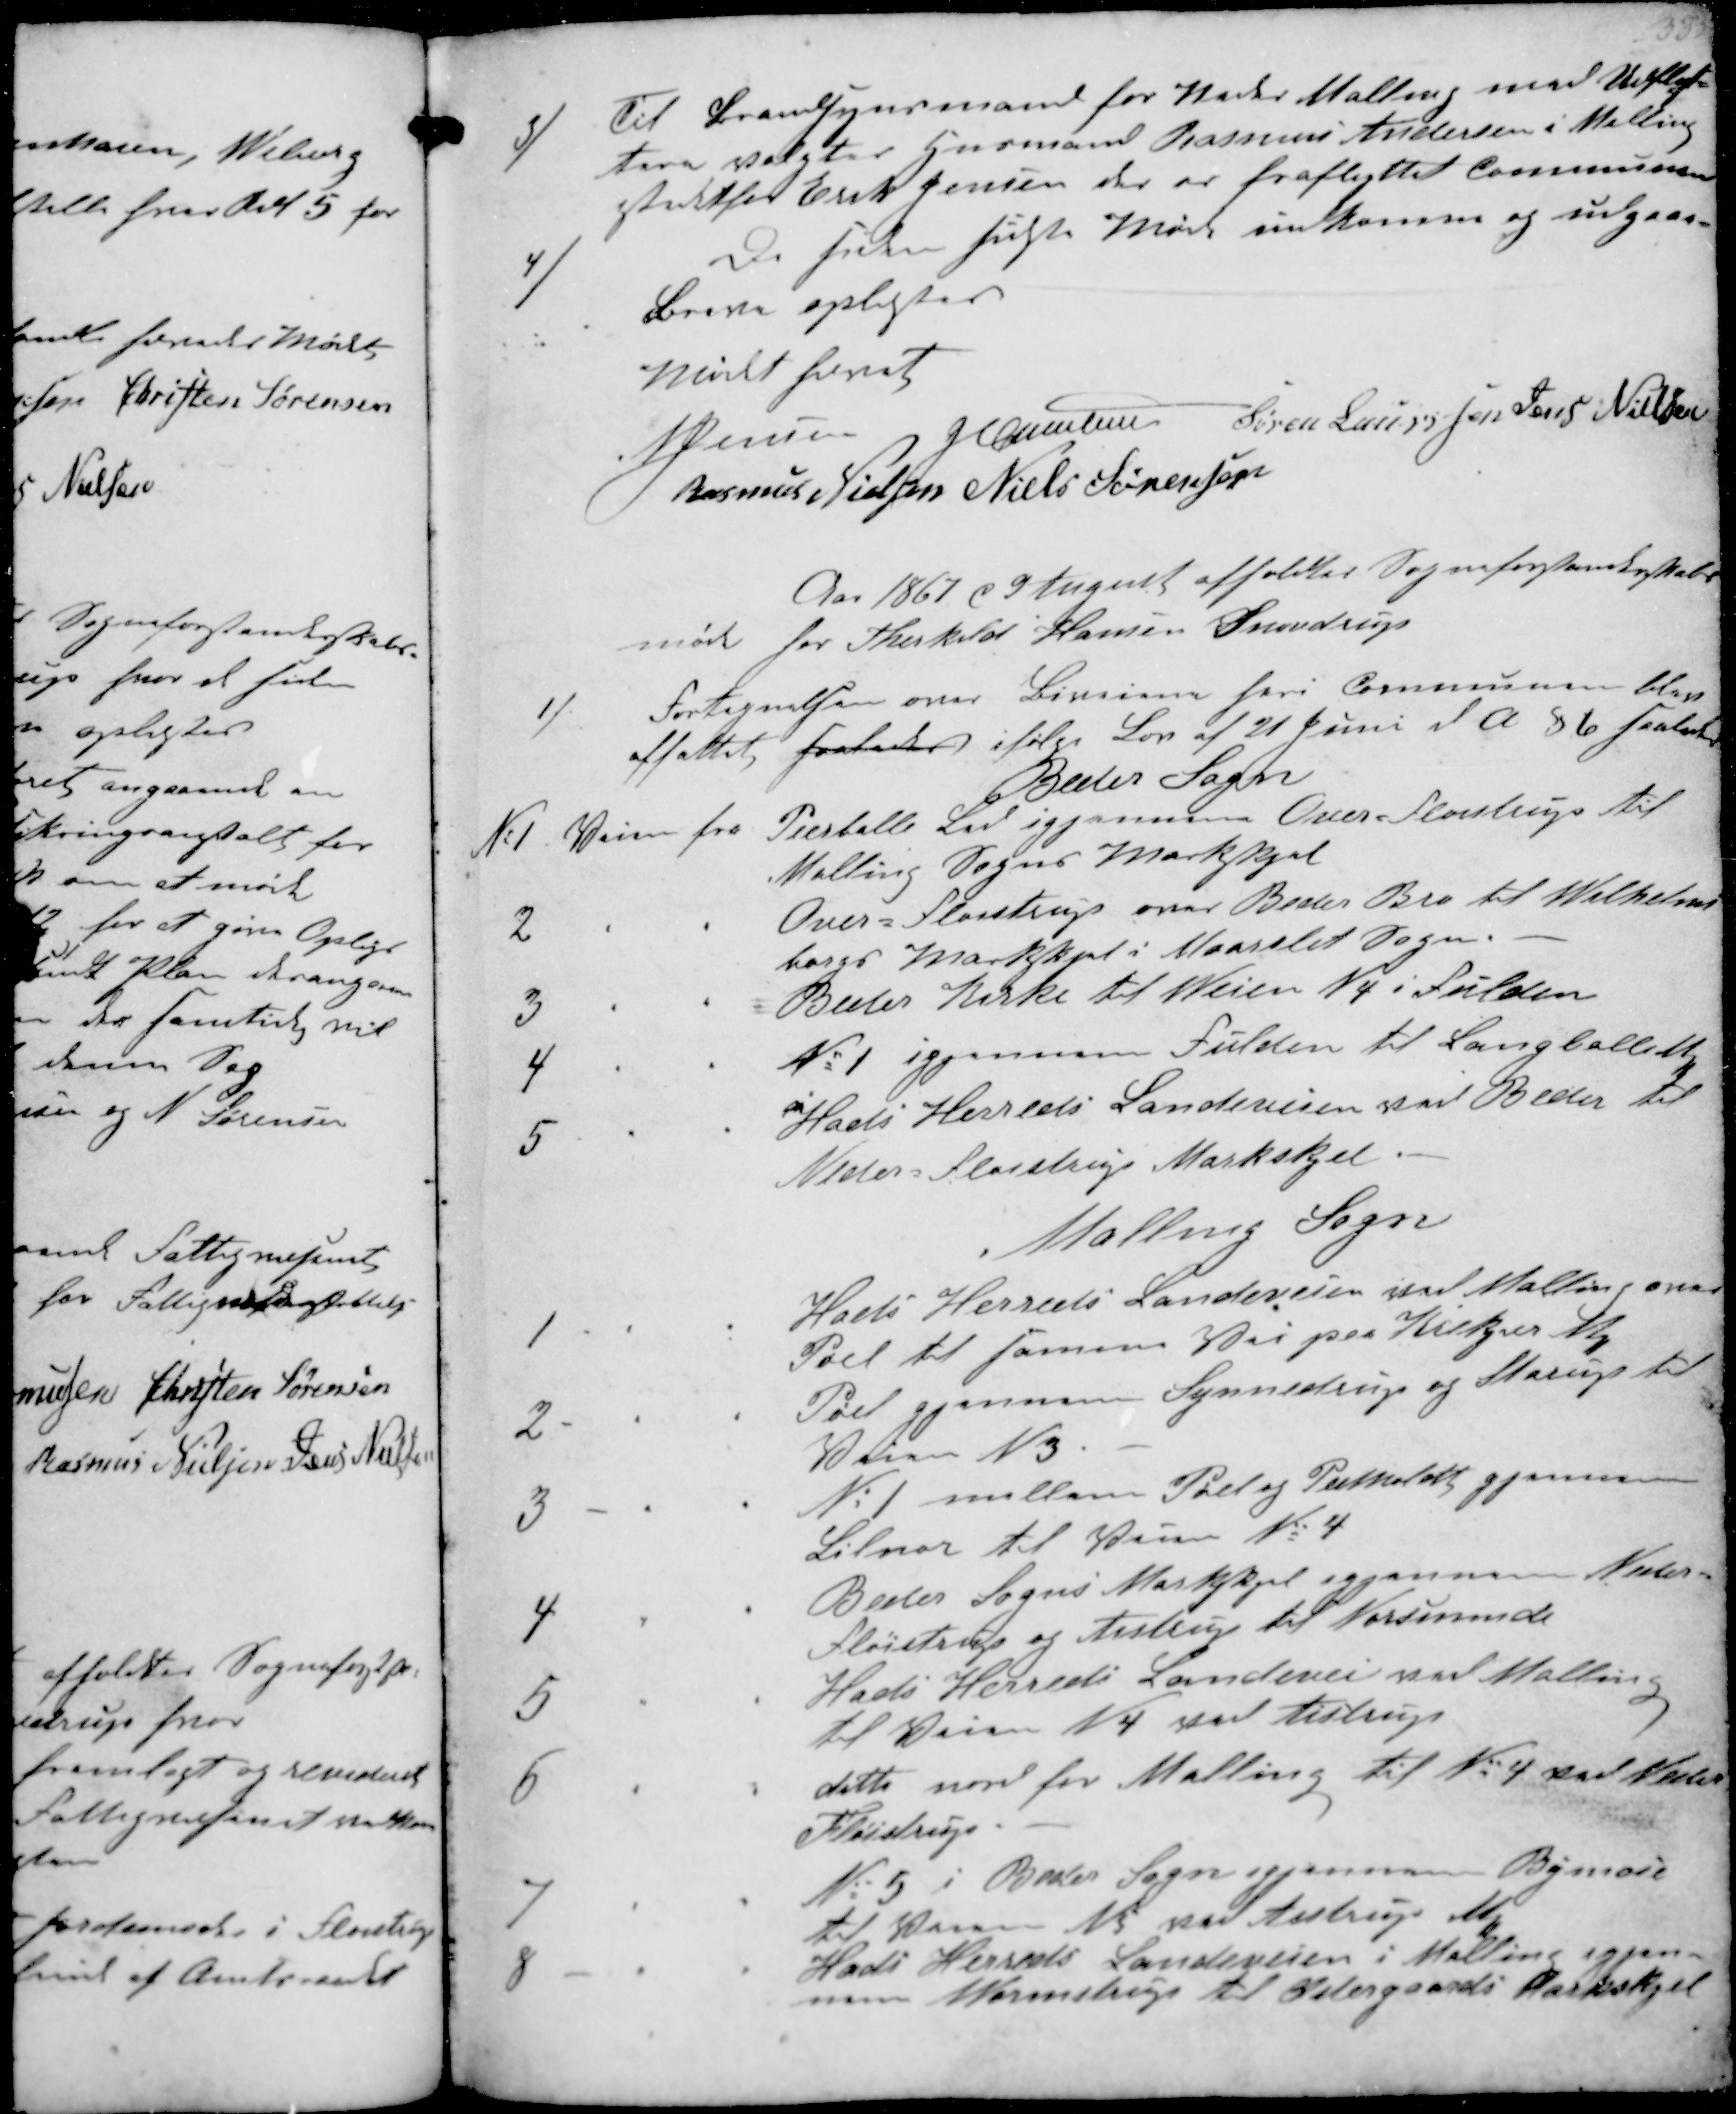
Transskription:
3/ Til Brandsynsmand for Nordre Malling med Udflyt-
tere valgtes Husmand Rasmus Andersen i Malling
istedetfor Erik Jensen der er fraflyttet Communen
4/
De siden sidste Møde inkomne og udgaaede
Breve oplæstes
Mødet hævet
N Jensen J Christensen Søren Sørensen Jens Nielsen
Rasmus Nielsen Niels Sørensen

Aar 1867 d 9 August afholdtes Sogneforstanderskabs-
møde hos Therkild Hansen Snovdrup
1
Fortegnelsen over Bivejene heri Communen blev
affattet fradr ifølge Lov af 21 Juni d A §6 saaledes
Beder Sogn

No 1 Vejen fra Tierballe Lav igjennem Over-Fløjstrup til
Malling Sogns Markskjæl
2
Over-Fløjstrup over Beder Bro til Wilhels-
borgs Markskjel i Maarslet Sogn.
3
Beder Kirke til Veien N4 i Fulden
4
Nil igjennem Fulden til Langballed
5
Hads Herreds Landeveien ved Beder til
Neder=Fløjstrup Markskjel
Malling Sogn
1
Halds Herreds Landeveien ved Malling over
Pøel til Hansens Vei paa Krekjær ₻
2
Pøel gjennem Synnedrup og Starup til
Vaien N3.
3 -
N. 1 mellem Pøel og Pedholdt gjennem
Lilnor til Veien №. 4
4
Beder Sogns Maskskjel igjennem Neder-
Fløjstrup og Aistrup til Norsminde
5
Hads Herreds Landevei ved Mallin
til Veien N4 mod Aistrup
6
ditto nord for Malling til No 4 ved Neder
Fløistrup
7
No 5 i Beder Sogn gjennem Bymose
til Vaien N5 ved Aistrup ₻
8
Hads Herreds Landeveien i Malling igjem-
men Vormstrup til Nedergaards Markskjel